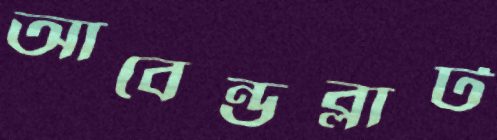
আবেন্ডব্লাট